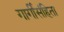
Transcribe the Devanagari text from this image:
गार्गीसंहिता